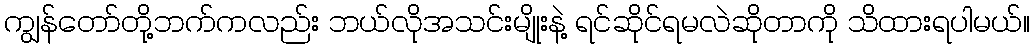
ကျွန်တော်တို့ဘက်ကလည်း ဘယ်လိုအသင်းမျိုးနဲ့ ရင်ဆိုင်ရမလဲဆိုတာကို သိထားရပါမယ်။